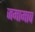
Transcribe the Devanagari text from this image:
जमामाव